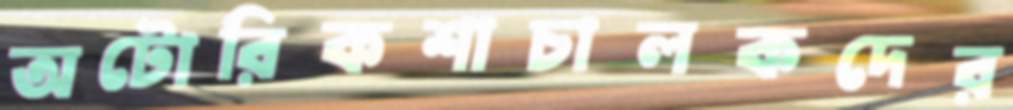
অটোরিকশাচালকদের